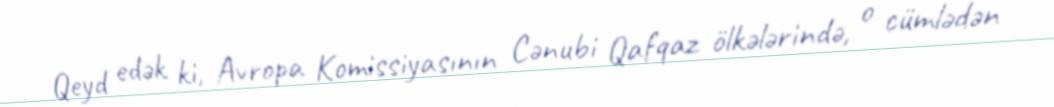
Qeyd edək ki, Avropa Komissiyasının Cənubi Qafqaz ölkələrində, o cümlədən